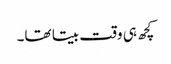
کچھ ہی وقت بیتا تھا۔